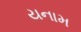
યનામ